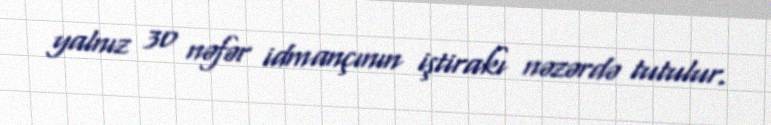
yalnız 30 nəfər idmançının iştirakı nəzərdə tutulur.